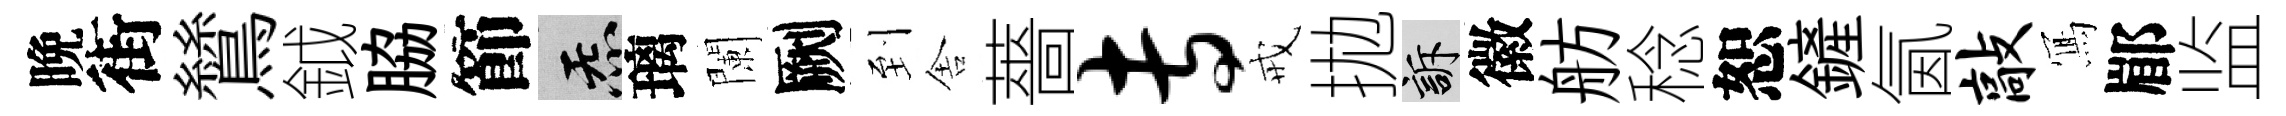
晩街鷥鉞脇節炁璃闌劂到舎薔专戒拋訴徽舫稔恕鏟氤敲𭂁郿监